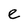
Character: e